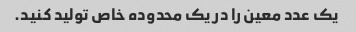
یک عدد معین را در یک محدوده خاص تولید کنید.